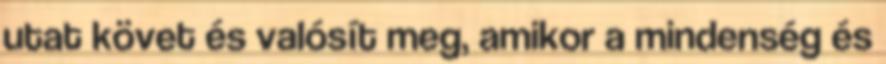
utat követ és valósít meg, amikor a mindenség és